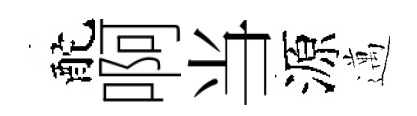
酡啊当源邁